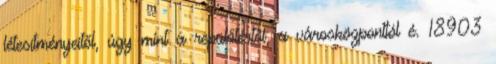
létesítményeitől, úgy mint a repülőtértől, a városközponttól é. 18903